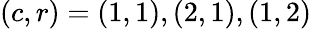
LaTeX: (c,r)={(1,1),(2,1),(1,2)}